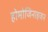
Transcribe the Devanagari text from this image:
होमोजिनाइजन